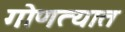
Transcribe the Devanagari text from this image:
गोणत्यात